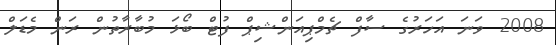
2008 ވަނަ އަހަރުގެ ސާފް ޗެމްޕިއަންޝިޕް ފުޓް ބޯޅަ މުބާރާތުން ރަން މެޑަލް